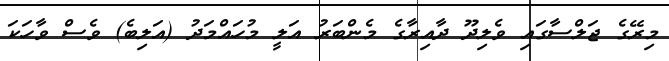
މިރޭގެ ޖަލްސާގައި ވެލިދޫ ދާއިރާގެ މެންބަރު އަލީ މުހައްމަދު (އަލިބެ) ވެސް ވާހަކަ